Calcutta medical institutions reports 1892-1900
Year: 1892
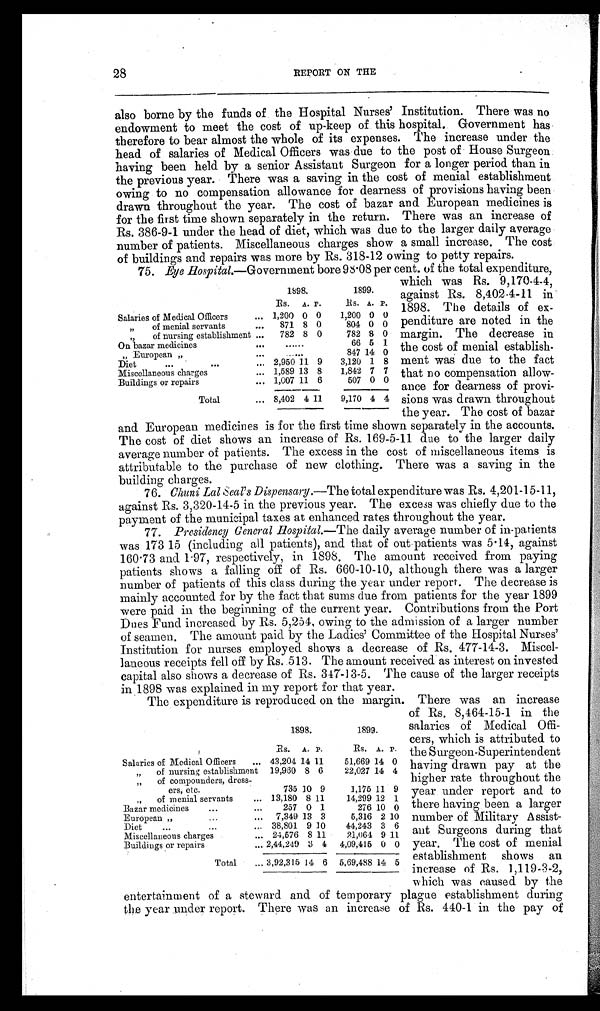
28
REPORT ON THE
also borne by the funds of the Hospital Nurses' Institution. There was no
endowment to meet the cost of up-keep of this hospital. Government has
therefore to bear almost the whole of its expenses. The increase under the
head of salaries of Medical Officers was due to the post of House Surgeon
having been held by a senior Assistant Surgeon for a longer period than in
the previous year. There was a saving in the cost of menial establishment
owing to no compensation allowance for dearness of provisions having been
drawn throughout the year. The cost of bazar and European medicines is
for the first time shown separately in the return. There was an increase of
Rs. 386-9-1 under the head of diet, which was due to the larger daily average
number of patients. Miscellaneous charges show a small increase. The cost
of bulidings and repairs was more by Rs. 318-12 owing to petty repairs.
75. Eye Hospital.—Government bore 98.08 per cent. of the total expenditure,
which was Rs. 9,170-4-4,
against Rs. 8,402-4-11 in
1898. The details of ex-
penditure are noted in the
margin. The decrease in
the cost of menial establish-
ment was due to the fact
that no compensation allow-
ance for dearness of provi-
sions was drawn throughout
the year. The cost of bazar
and European medicines is for the first time shown separately in the accounts.
The cost of diet shows an increase of Rs. 169-5-11 due to the larger daily
average number of patients. The excess in the cost of miscellaneous items is
attributable to the purchase of new clothing. There was a saving in the
building charges.
76. Chuni Lal Seal's Dispensary.— The total expenditure was Rs. 4,201-15-11,
against Rs. 3,320-14-5 in the previous year. The excess was chiefly due to the
payment of the municipal taxes at enhanced rates throughout the year.
77. Presidency General Hospital.—The daily average number of in-patients
was 173 15 (including all patients), and that of out patients was 5.14, against
160.73 and 1.97, respectively, in 1898. The amount received from paying
patients shows a falling off of Rs. 660-10-10, although there was a larger
number of patients of this class during the year under report. The decrease is
mainly accounted for by the fact that sums due from patients for the year 1899
were paid in the beginning of the current year. Contributions from the Port
Dues Fund increased by Rs. 5,254, owing to the admission of a larger number
of seamen. The amount paid by the Ladies' Committee of the Hospital Nurses'
Institution for nurses employed shows a decrease of Rs. 477-14-3. Miscel-
laneous receipts fell off by Rs. 513. The amount received as interest on invested
capital also shows a decrease of Rs. 347-13-5. The cause of the larger receipts
in 1898 was explained in my report for that year.
The expenditure is reproduced on the margin. There was an increase
of Rs. 8,464-15-1 in the
salaries of Medical Offi-
cers, which is attributed to
the Surgeon-Superintendent
having drawn pay at the
higher rate throughout the
year under report and to
there having been a larger
number of Military Assist-
ant Surgeons during that
year. The cost of menial
establishment shows an
increase of Rs. 1,119-3-2,
which was caused by the
entertainment of a steward and of temporary plague establishment during
the year under report. There was an increase of Rs. 440-1 in the pay of
1898.
1899.
Rs. A. P.
Rs. A. P.
Salaries of Medical Officers
... 1,200 0 0
1,200 0 0
„ of menial servants
... 871 8 0
804 0 0
,, of nursing establishment ... 782 8 0
782 8 0
On bazar medicines
. . .
. . . . . .
66 5 1
" E u r o p e a n "
. . .
. . . . . .
847 14 0
Diet
...
. . .
. . . 2,950 11 9 3,120 1 8
Miscellaneous charges
... 1,589 13 8
1,842 7 7
Buildings or repairs
... 1,007 11 6
507 0 0
Total
... 8,402 4 11
9,170 4 4
1898.
1899.
Rs. A. P.
R s .
A. P.
Salaries of Medical Officers ... 43,204 14 11
51,669 14 0
„ of nursing establishment 19,960 8 6
22,027 14 4
„ of compounders, dress-
ers, etc.
735 10 9
1,175 11 9
„ of menial servants
... 13,180 8 11
14,299 12 1
Bazar medicines
...
...
257 0 1
276 10 0
European ,,
...
... 7,349 13 3
5,316 2 10
Diet
. . . . . .
... 38,801 9 10
44,243 3 6
Miscellaneous charges
... 24,576 8 11
21,064 9 1 1
Buildings or repairs
... 2,44,249 3 4 4,09,415 0 0
Total ... 3,92,315 14 6 5,69,488 14 5